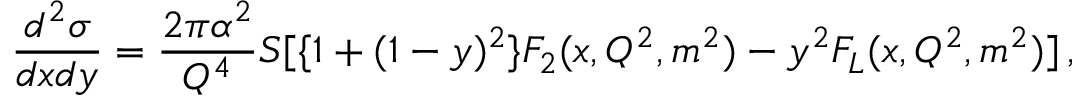
\frac { d ^ { 2 } \sigma } { d x d y } = \frac { 2 \pi \alpha ^ { 2 } } { Q ^ { 4 } } S [ \{ 1 + ( 1 - y ) ^ { 2 } \} F _ { 2 } ( x , Q ^ { 2 } , m ^ { 2 } ) - y ^ { 2 } F _ { L } ( x , Q ^ { 2 } , m ^ { 2 } ) ] \, ,